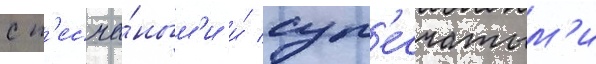
с п'есча́ным'и и́ суп'есчатым'и